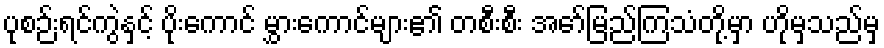
ပုစဉ်းရင်ကွဲနှင့် ပိုးကောင် မွှားကောင်များ၏ တစီးစီး အော်မြည်ကြသံတို့မှာ ဟိုမှသည်မှ